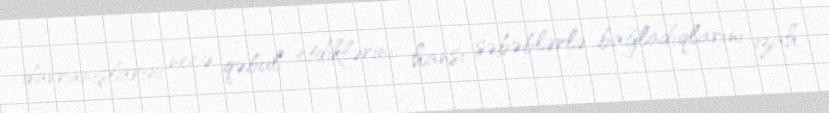
davranışlarını necə qəbul etdiklərini, hansı səbəblərlə bağladıqlarını izah